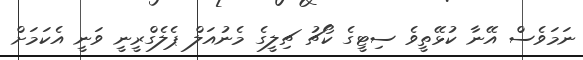
ނަމަވެސް އޭނާ ކުޅޭތީވެ ސިޓީގެ ކޯޗު ޗިލީގެ މެނުއަލް ޕެލެގްރީނީ ވަނީ އެކަމަށް